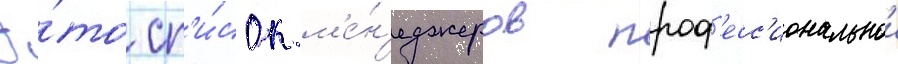
Э́то сп'и́сок м'е́н'еджеров проф'есс'иональнои